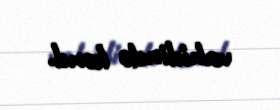
vahidində kənd.